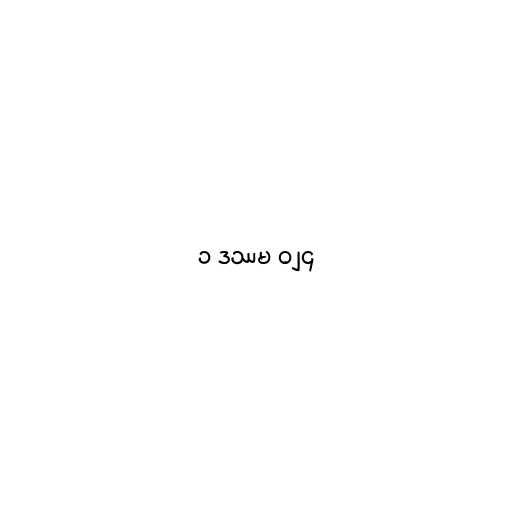
၁ ဒဿမ ၀၂၄